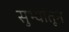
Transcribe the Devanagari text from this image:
सुभ्यांतून